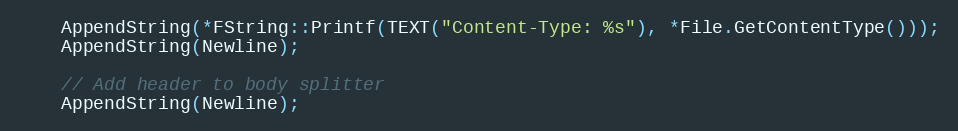
Language: C++
	AppendString(*FString::Printf(TEXT("Content-Type: %s"), *File.GetContentType()));
	AppendString(Newline);

	// Add header to body splitter
	AppendString(Newline);